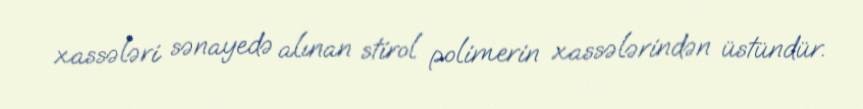
xassələri sənayedə alınan stirol polimerin xassələrindən üstündür.